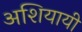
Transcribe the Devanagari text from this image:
अशियायी